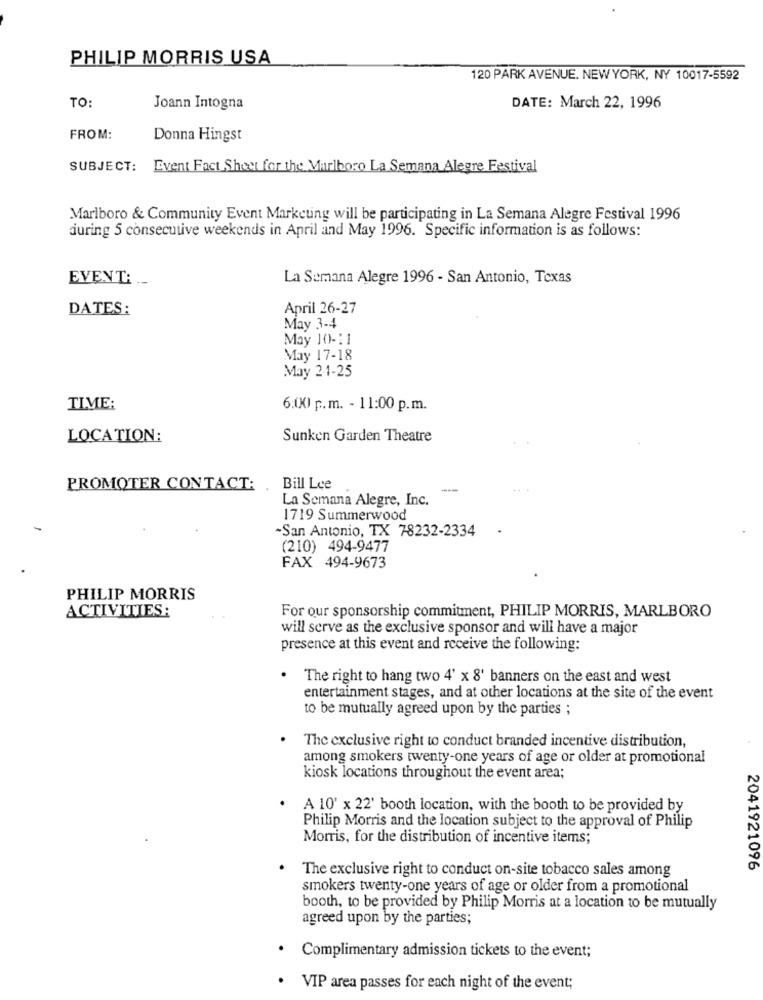
PHILIP MORRIS USA
120 PARK AVENUE. NEW YORK, NY 10017-5592
TO:
Joann Intogna
DATE: March 22, 1996
FROM:
Donna Hingst
SUBJECT: Event Fact Shey for the Marlboro La Semana Alegre Festival
Marlboro & Community Event Marketing will be participating in La Semana Alegre Festival 1996
during 5 consecutive weekends in April and May 1996. Specific information is as follows:
EVENT: ..
La Semana Alegre 1996 - San Antonio, Texas
DATES:
April 26-27
May 3-4
May 10-11
May 17-18
May 2-1-25
TIME:
6:00 p.m. - 11:00 p.m.
LOCATION:
Sunken Garden Theatre
PROMOTER CONTACT: . Bill Lee
---
+. .
La Semana Alegre, Inc.
1719 Summerwood
-San Antonio, TX 78232-2334
(210) 494-9477
FAX 494-9673
PHILIP MORRIS
ACTIVITIES:
For our sponsorship commitment, PHILIP MORRIS, MARLBORO
will serve as the exclusive sponsor and will have a major
presence at this event and receive the following:
. The right to hang two 4' x 8' banners on the east and west
entertainment stages, and at other locations at the site of the event
to be mutually agreed upon by the parties ;
The exclusive right to conduct branded incentive distribution,
among smokers twenty-one years of age or older at promotional
kiosk locations throughout the event area;
A 10' x 22' booth location, with the booth to be provided by
Philip Morris and the location subject to the approval of Philip
Morris, for the distribution of incentive items;
The exclusive right to conduct on-site tobacco sales among
2041921096
smokers twenty-one years of age or older from a promotional
booth, to be provided by Philip Morris at a location to be mutually
agreed upon by the parties;
. Complimentary admission tickets to the event;
. VIP area passes for each night of the event;